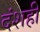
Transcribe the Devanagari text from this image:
दंशही